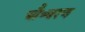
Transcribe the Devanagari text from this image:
चौ॰चरण